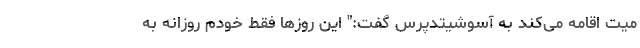
میت اقامه می‌کند به آسوشیتدپرس گفت:" این روزها فقط خودم روزانه به